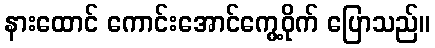
နားထောင် ကောင်းအောင်ကွေ့ဝိုက် ပြောသည်။